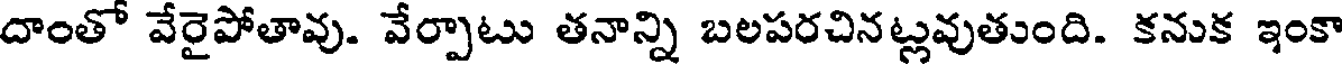
దాంతో వేరైపోతావు. వేర్పాటు తనాన్ని బలపరచినట్లవుతుంది. కనుక ఇంకా